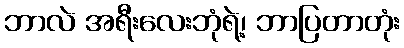
ဘာလဲ အရီးလေးဘုံရဲ့၊ ဘာပြတာတုံး